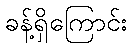
ခန့်ရှိကြောင်း